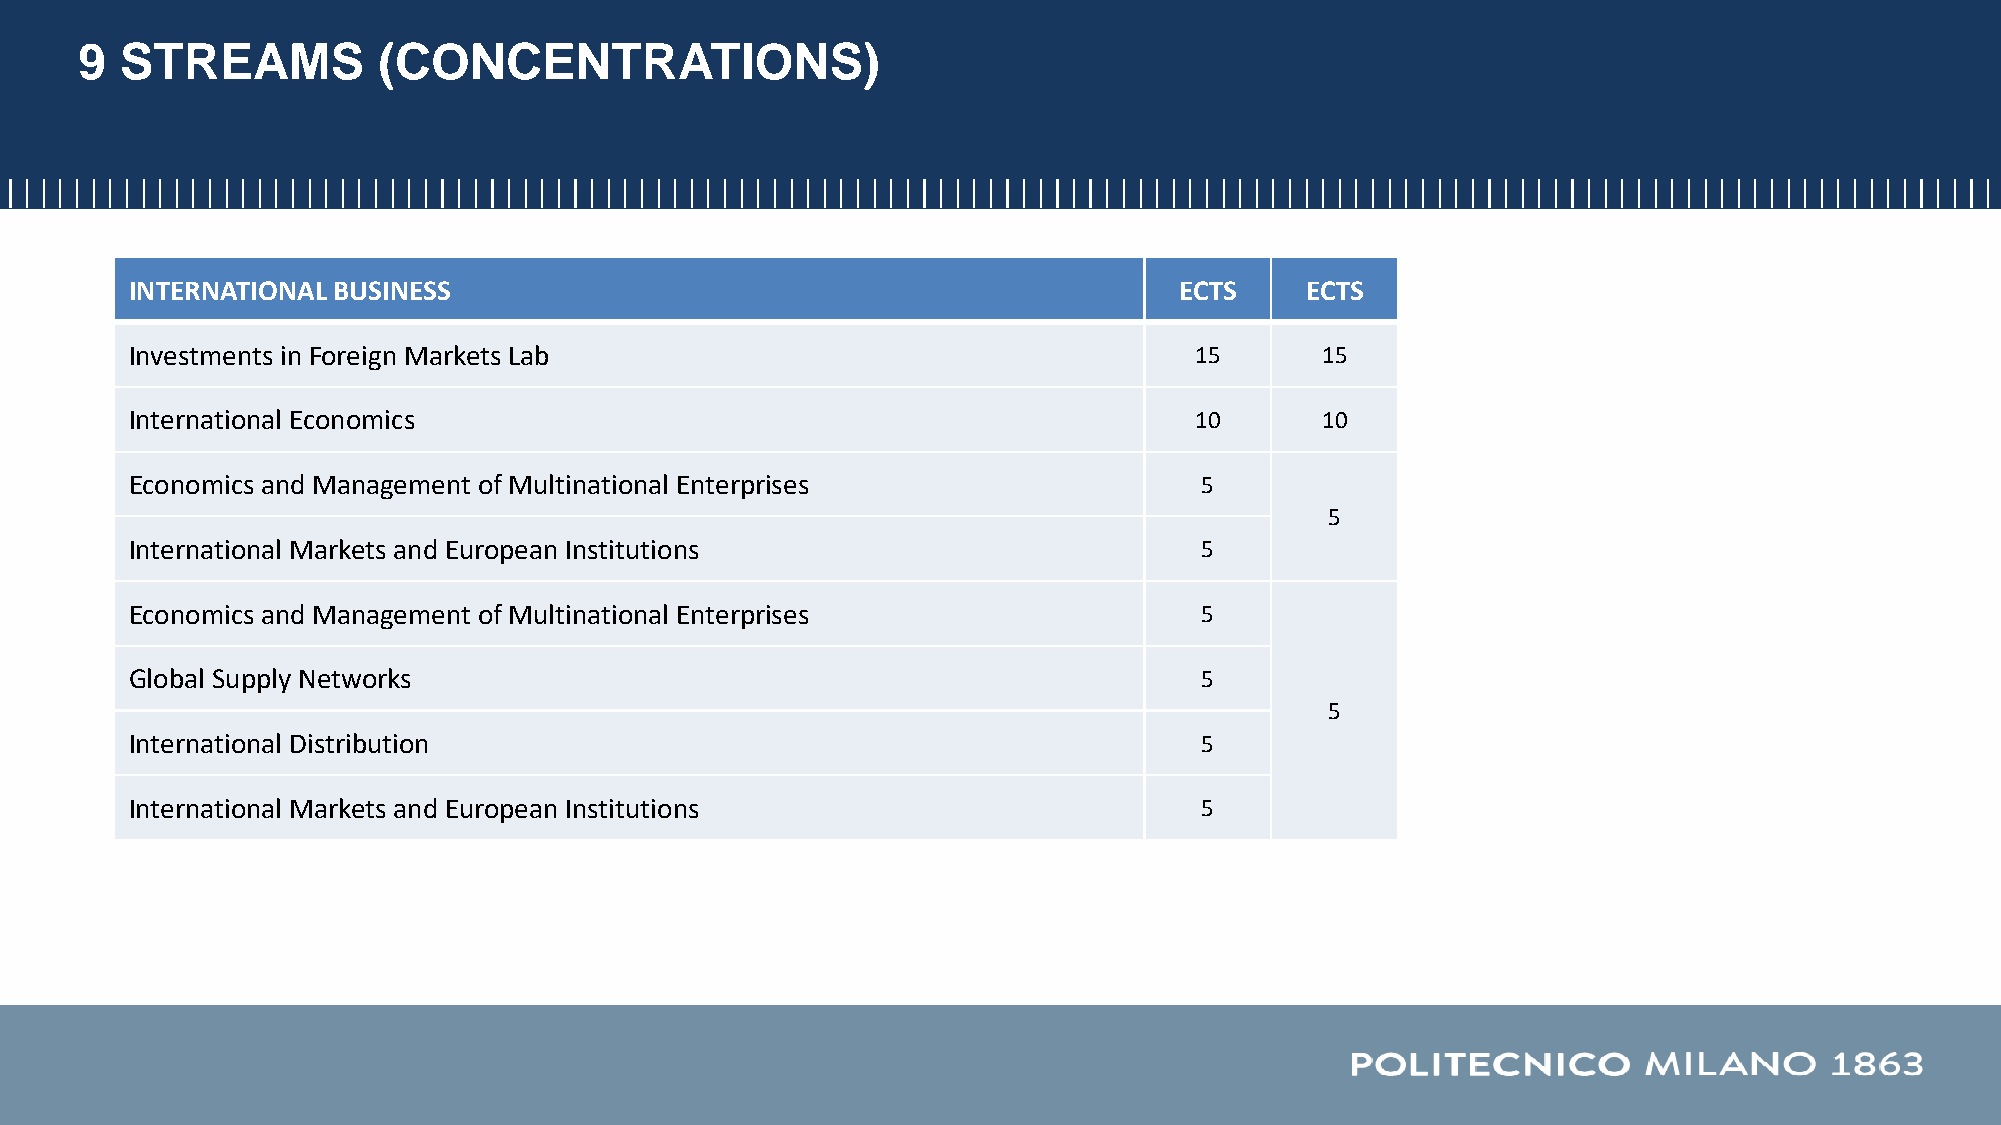
9  STREAMS          (CONCENTRATIONS)
 INTERNATIONALBUSINESS                                                ECTS    ECTS
 Investments in Foreign Markets Lab                                    15      15
 International Economics                                               10      10
 Economics and Management of Multinational Enterprises                  5
 5
 International Markets and European Institutions                        5
 Economics and Management of Multinational Enterprises                  5
 Global Supply Networks                                                 5
 5
 International Distribution                                             5
 International Markets and European Institutions                        5